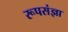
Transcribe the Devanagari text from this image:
रूपसंज्ञा